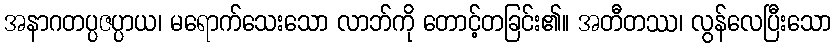
အနာဂတပ္ပဇပ္ပာယ၊ မရောက်သေးသော လာဘ်ကို တောင့်တခြင်း၏။ အတီတဿ၊ လွန်လေပြီးသော